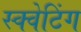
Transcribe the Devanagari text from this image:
स्क्वेटिंग